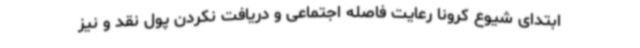
ابتدای شیوع کرونا رعایت فاصله اجتماعی و دریافت نکردن پول نقد و نیز